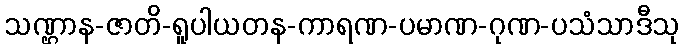
သဏ္ဌာန-ဇာတိ-ရူပါယတန-ကာရဏ-ပမာဏ-ဂုဏ-ပသံသာဒီသု